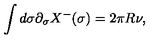
\int d \sigma \partial _ { \sigma } X ^ { - } ( \sigma ) = 2 \pi R \nu ,